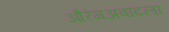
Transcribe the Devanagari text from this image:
औरंगअबादला